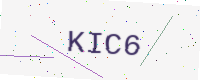
Text: KIC6